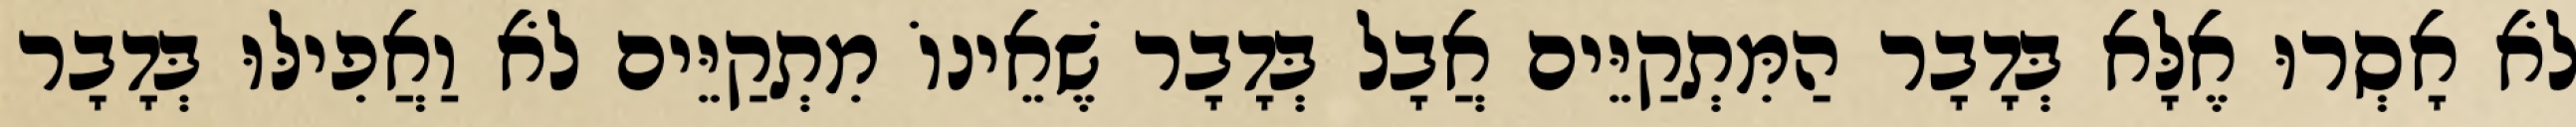
לֹא אָסְרוּ אֶלָּא בְּדָבָר הַמִּתְקַיֵּים אֲבָל בְּדָבָר שֶׁאֵינוֹ מִתְקַיֵּים לֹא וַאֲפִילּוּ בְּדָבָר